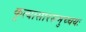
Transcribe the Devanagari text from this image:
कृत्यासारसमुच्चयः